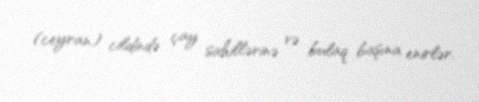
(ceyran) cildində çay sahillərinə və bulaq başına enirlər.